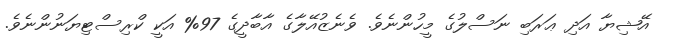
އޭޝިޔާ އަދި ޢަރަބި ނަސްލުގެ މީހުންނެވެ. ވެނެޒުއޭލާގެ އާބާދީގެ 97% އަކީ ކްރިސްޓިޔަނުންނެވެ.